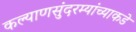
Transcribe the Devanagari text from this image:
कल्याणसुंदरम्यांच्याकडे